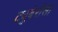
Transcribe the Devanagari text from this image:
ट्युबेरोसा